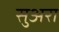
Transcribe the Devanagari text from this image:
सुअरा